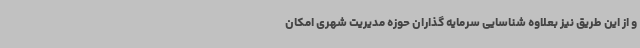
و از این طریق نیز بعلاوه شناسایی سرمایه گذاران حوزه مدیریت شهری امکان